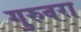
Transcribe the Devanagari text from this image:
गुरुवरा